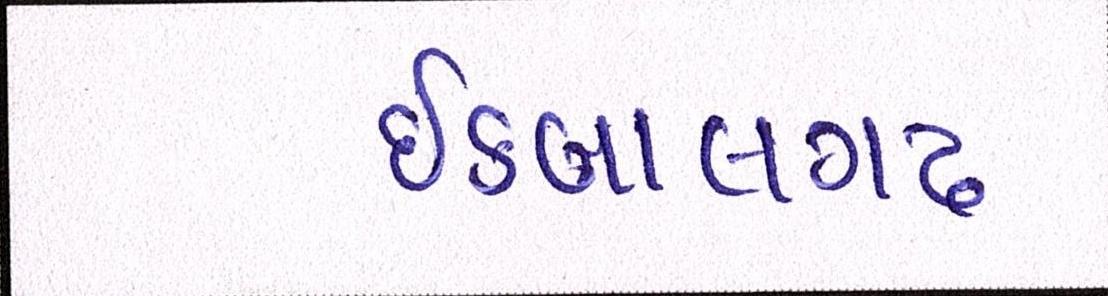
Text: ઇકબાલગઢ